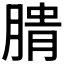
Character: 𰮺